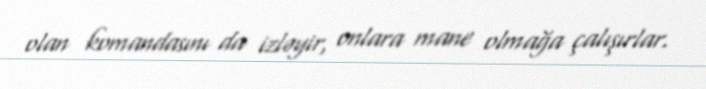
olan komandasını da izləyir, onlara mane olmağa çalışırlar.